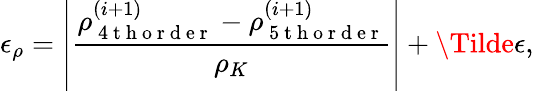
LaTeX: \epsilon_{\rho}=\left|\frac{\rho_{\mathrm{~4~t~h~o~r~d~e~r~}}^{(i+1)}-\rho_{\mathrm{~5~t~h~o~r~d~e~r~}}^{(i+1)}}{\rho_{K}}\right|+\Tilde{\epsilon},